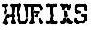
HURIXS